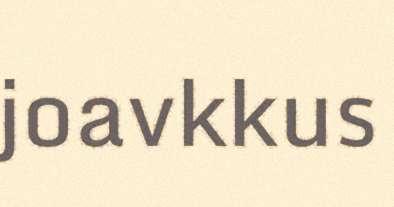
joavkkus